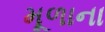
મૂળાના